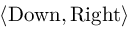
\langle { \mathrm { D o w n } } , { \mathrm { R i g h t } } \rangle